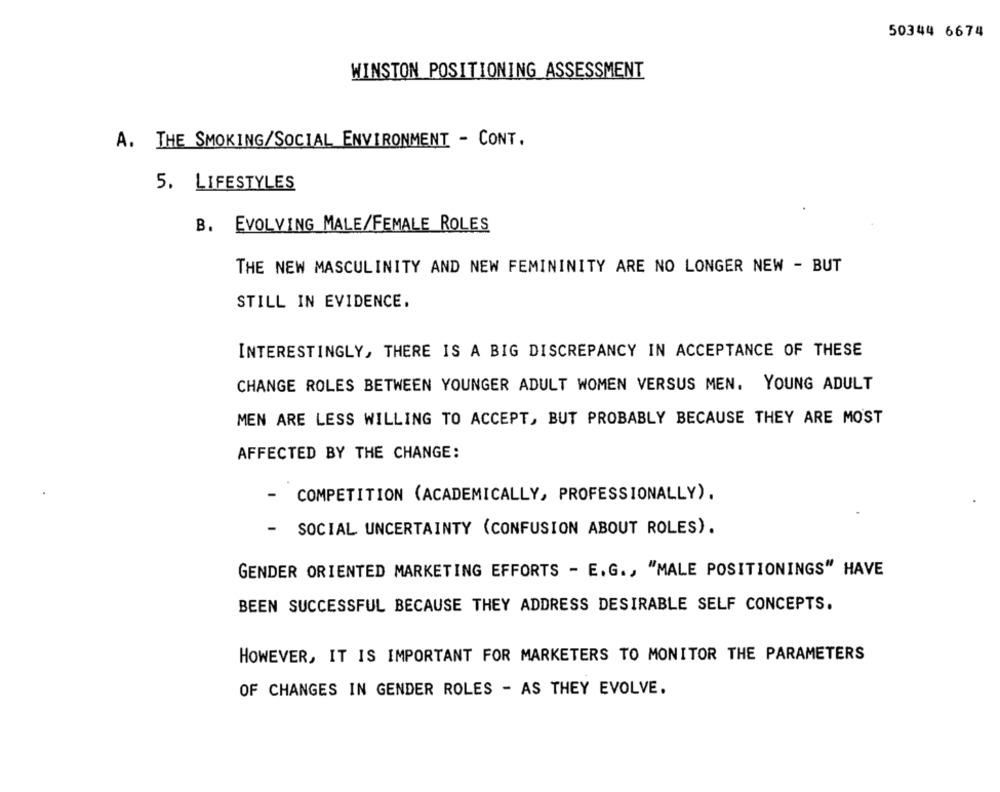
50344 6674
WINSTON POSITIONING ASSESSMENT
A. THE SMOKING/SOCIAL ENVIRONMENT - CONT.
5. LIFESTYLES
B. EVOLVING MALE/FEMALE ROLES
THE NEW MASCULINITY AND NEW FEMININITY ARE NO LONGER NEW - BUT
STILL IN EVIDENCE.
INTERESTINGLY, THERE IS A BIG DISCREPANCY IN ACCEPTANCE OF THESE
CHANGE ROLES BETWEEN YOUNGER ADULT WOMEN VERSUS MEN. YOUNG ADULT
MEN ARE LESS WILLING TO ACCEPT, BUT PROBABLY BECAUSE THEY ARE MOST
AFFECTED BY THE CHANGE:
-
COMPETITION (ACADEMICALLY, PROFESSIONALLY).
-
SOCIAL UNCERTAINTY (CONFUSION ABOUT ROLES).
GENDER ORIENTED MARKETING EFFORTS - E.G ., "MALE POSITIONINGS" HAVE
BEEN SUCCESSFUL BECAUSE THEY ADDRESS DESIRABLE SELF CONCEPTS.
HOWEVER, IT IS IMPORTANT FOR MARKETERS TO MONITOR THE PARAMETERS
OF CHANGES IN GENDER ROLES - AS THEY EVOLVE.